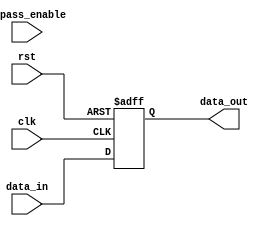
module SimpleBypassRegister (
    input wire clk,
    input wire rst,
    input wire bypass_enable,
    input wire [DATA_WIDTH-1:0] data_in,
    output reg [DATA_WIDTH-1:0] data_out
);

parameter DATA_WIDTH = 8; // Define the data width

reg [DATA_WIDTH-1:0] storage_reg;

always @(posedge clk or posedge rst) begin
    if (rst) begin
        storage_reg <= 0;
    end else if (bypass_enable) begin
        storage_reg <= data_in; // Bypass the clock and data path synchronization logic
    end else begin
        storage_reg <= data_in; // Apply synchronization logic here
    end
end

assign data_out = storage_reg;

endmodule